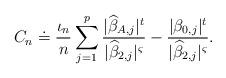
LaTeX: \begin{align*}C_{n}\doteq \frac{\iota_n}{n} \sum\limits_{j=1}^{p} \frac{\vert \widehat{\beta}_{A,j} \vert^{t}}{\vert \widehat{\beta}_{2,j} \vert^{\varsigma}} - \frac{\vert \beta_{0,j} \vert^{t}}{\vert \widehat{\beta}_{2,j} \vert^{\varsigma}}.\end{align*}